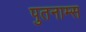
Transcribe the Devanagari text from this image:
पुतनाम्स